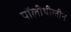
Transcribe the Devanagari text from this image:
पॉलीथीलीन